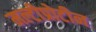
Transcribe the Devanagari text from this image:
मल्टीप्रोटीन